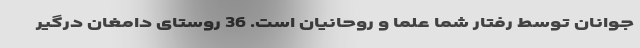
جوانان توسط رفتار شما علما و روحانیان است. 36 روستای دامغان درگیر